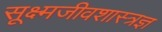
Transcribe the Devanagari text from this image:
सूक्ष्मजीवशास्त्रज्ञ